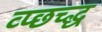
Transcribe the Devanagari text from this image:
व्प्छच्द्ध